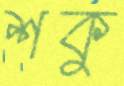
শকু